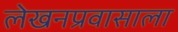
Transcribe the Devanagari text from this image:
लेखनप्रवासाला